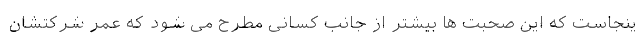
ینجاست که این صحبت ها بیشتر از جانب کسانی مطرح می شود که عمر شرکتشان